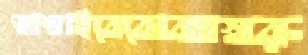
ভাঙাইবেবোঝাস্বরূ